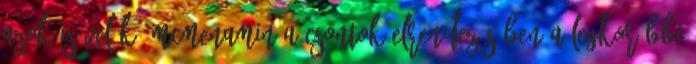
azok is velük. McMenamin a csontok elrendezésében a legkorábbi